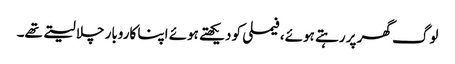
لوگ گھر پر رہتے ہوئے،فیملی کو دیکھتے ہوئے اپنا کاروبار چلا لیتے تھے۔